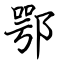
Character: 鄂